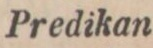
Predikan